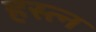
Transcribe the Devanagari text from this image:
हस्त्न